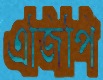
এজিপি